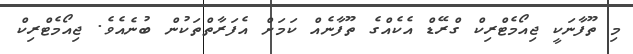
މި ތޫފާނަކީ ޖިއޯމެޓްރިކް ގްރޭޑް އެކެއްގެ ތޫފާނެއް ކަމަށް އެފަރާތްތަކުން ބުނެއެވެ. ޖިއޯމެޓްރިކް